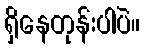
ရှိနေတုန်းပါပဲ။